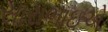
સારાભાઇએ